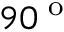
9 0 ^ { \textup { o } }